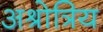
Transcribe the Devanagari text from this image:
अश्रोत्रिय